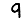
Digit: 9